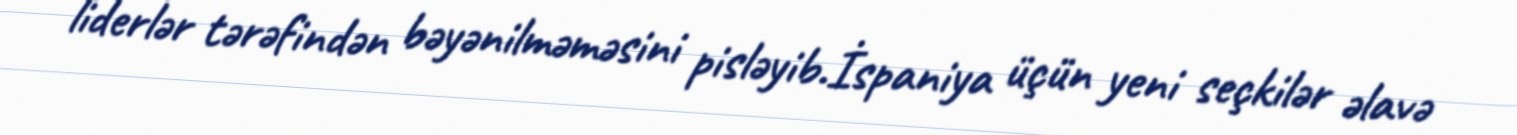
liderlər tərəfindən bəyənilməməsini pisləyib.İspaniya üçün yeni seçkilər əlavə